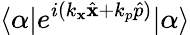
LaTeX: \langle\alpha|e^{i(k_{\mathbf{x}}\hat{{\mathbf{x}}}+k_{p}\hat{{p}})}|\alpha\rangle